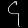
Digit: ၄